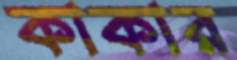
কাকার